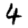
Digit: 4